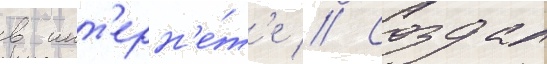
в инт'ерн'е́т'е // Создал